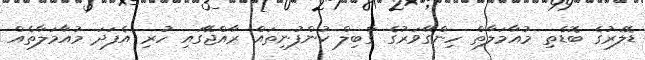
ޑޮލަރުގެ ބޮޑެތި މުއާމަލާތް ހިންގޭވަރުގެ ގާބިލް ކުންފުނިތައް ރާއްޖޭގައި ހުރި އެފަދަ މުއާމަލާތެއް